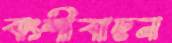
বংশীবাদন